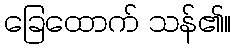
ခြေထောက် သန်၏။